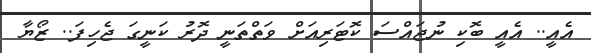
އެއީ.. އެއީ ބޮކި ނުޖައްސަ ކޮޓަރިއަށް ވަތްތަނީ ދޮރު ކަނީގަ ޖެހިފަ.. ޒޯޔާ